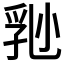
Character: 𡮈